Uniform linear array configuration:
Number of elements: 16
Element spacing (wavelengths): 0.25
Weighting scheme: exponential
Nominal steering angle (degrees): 30
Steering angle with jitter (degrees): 30.479
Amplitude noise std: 0.05
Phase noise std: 0.05

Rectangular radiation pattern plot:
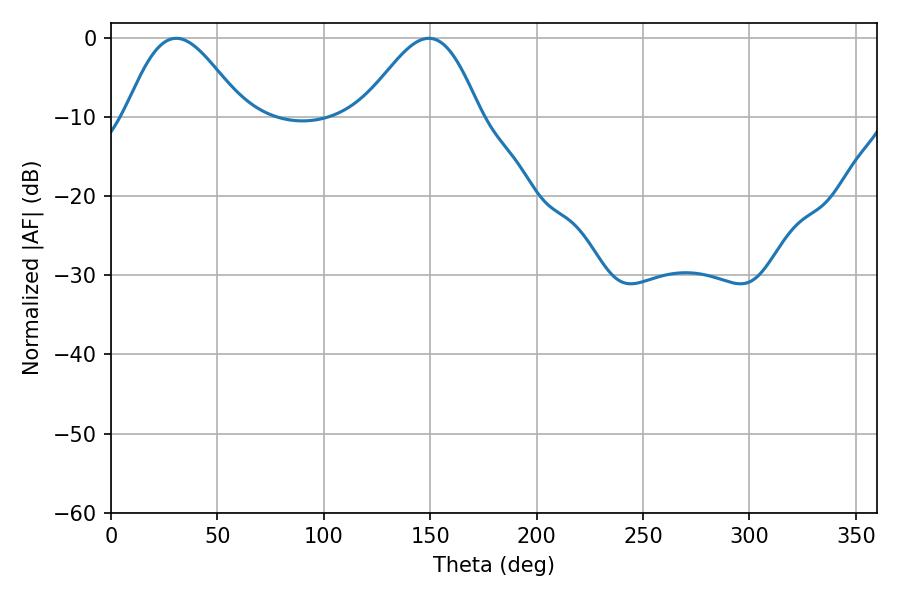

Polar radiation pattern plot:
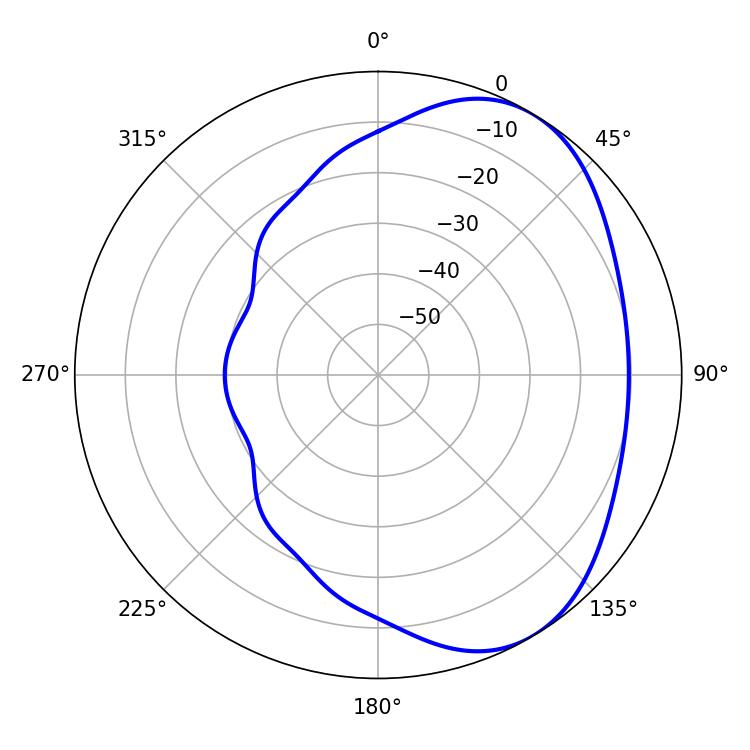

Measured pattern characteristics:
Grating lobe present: FALSE
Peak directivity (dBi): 4.639
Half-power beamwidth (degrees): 29.34
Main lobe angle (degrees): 30.6